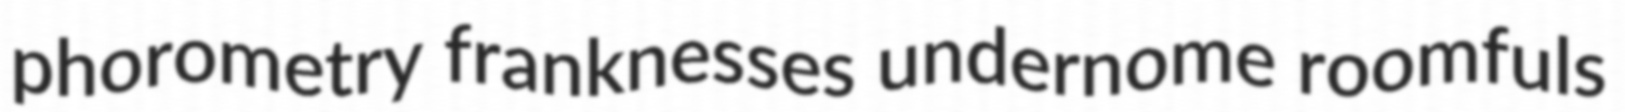
phorometry franknesses undernome roomfuls